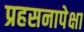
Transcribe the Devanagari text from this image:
प्रहसनापेक्षा